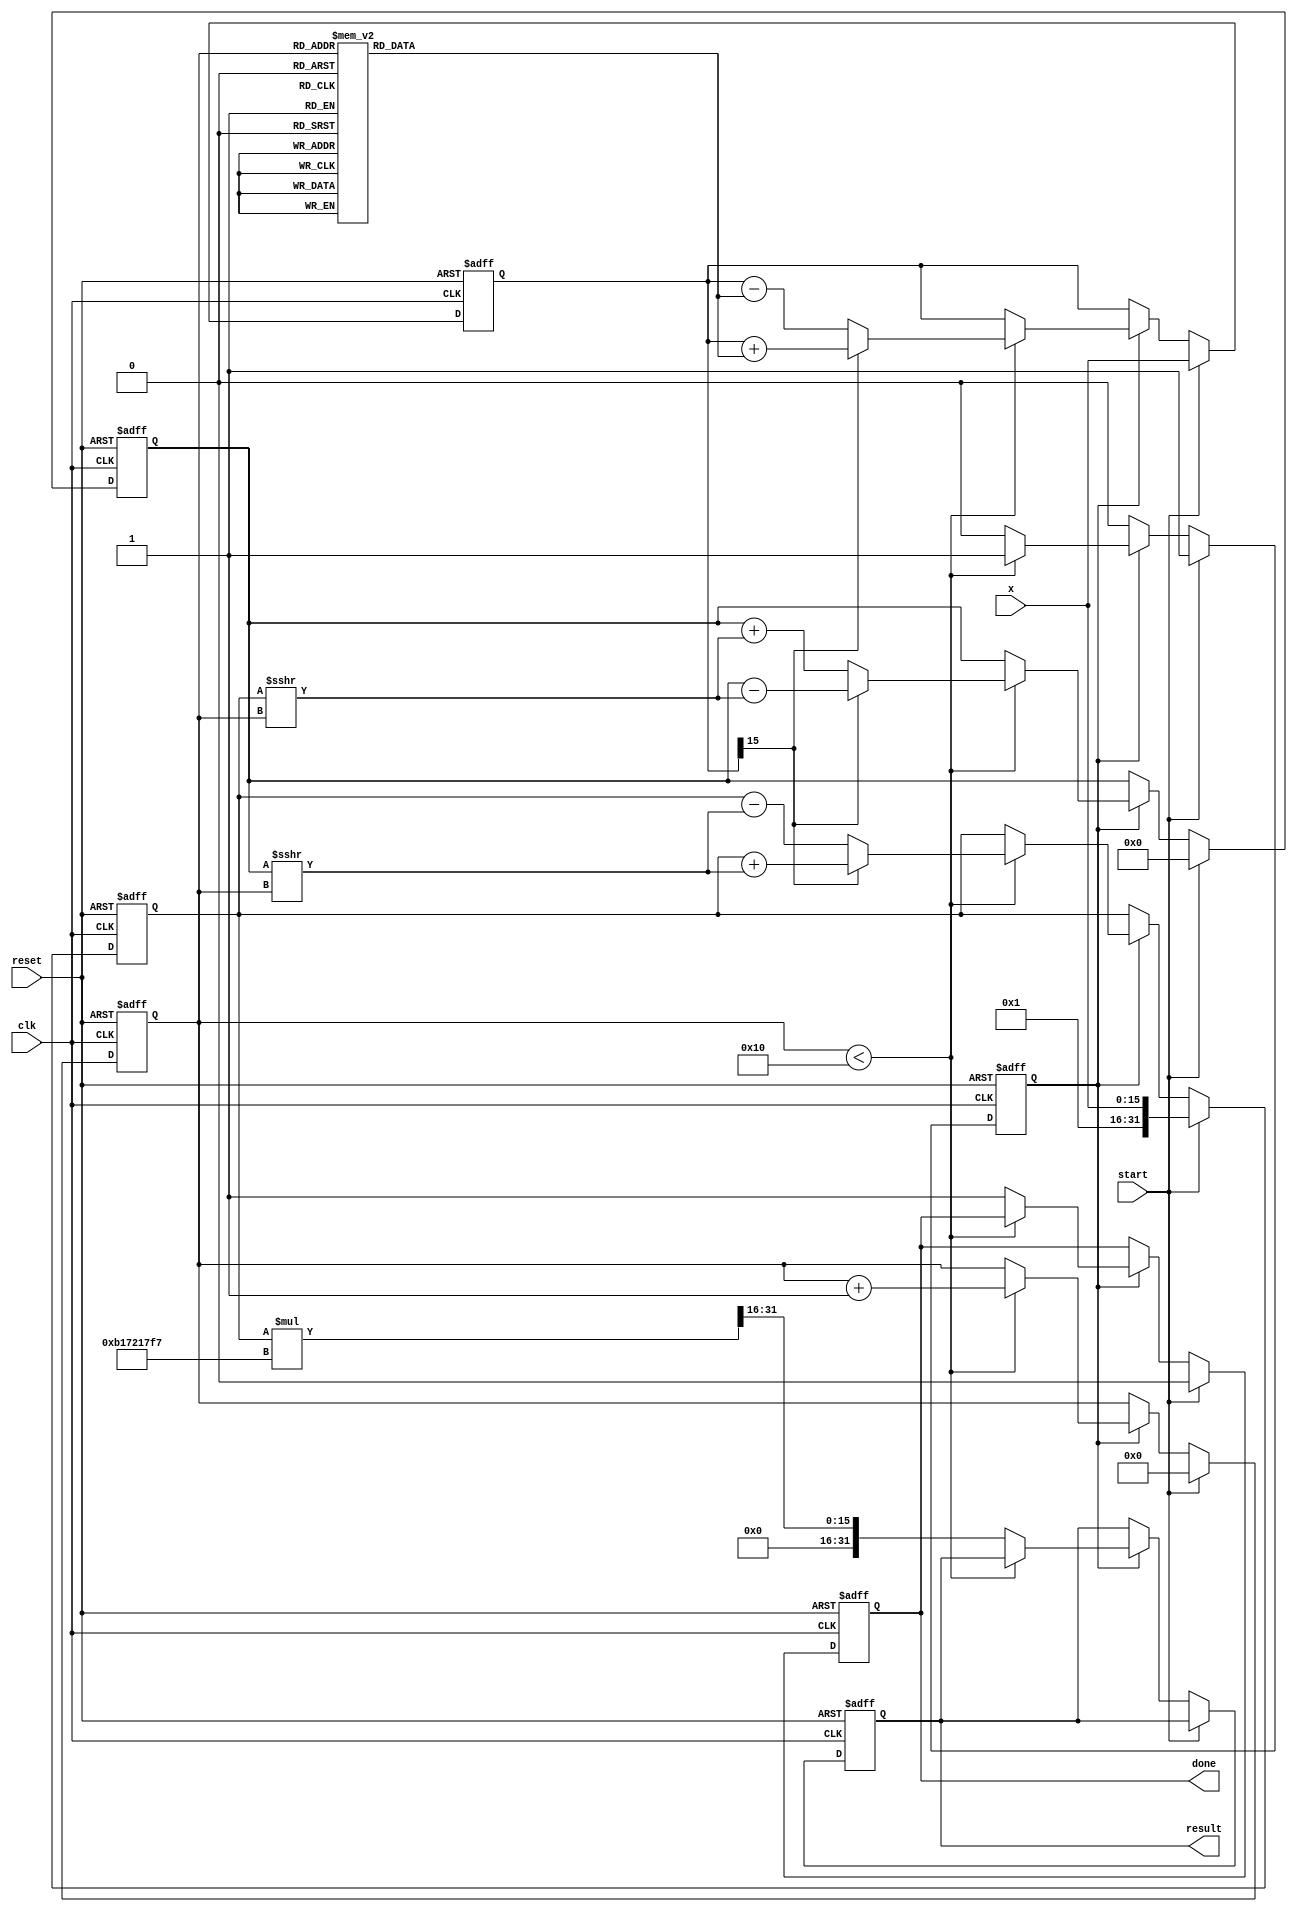
module cordic_exp (
    input wire clk,
    input wire reset,
    input wire start,
    input wire [15:0] x, // Input value for e^x in fixed-point representation
    output reg [31:0] result, // Output value of e^x
    output reg done
);

    // CORDIC parameters
    parameter NUM_ITERATIONS = 16; // Number of iterations
    parameter SCALE_FACTOR = 32'hB17217F7; // Scaling factor (2^(-NUM_ITERATIONS))

    // Lookup table for arctan (in fixed-point)
    reg [15:0] angle_table [0:NUM_ITERATIONS-1];
    initial begin
        // Populate angle_table with arctan values
        // Values would typically be precalculated for the CORDIC iterations
        angle_table[0] = 16'h0000; // atan(1.0)
        angle_table[1] = 16'h0001; // atan(0.5)
        angle_table[2] = 16'h0002; // atan(0.25)
        angle_table[3] = 16'h0003; // atan(0.125)
        // ...
        angle_table[15] = 16'h000F; // Final angle for iterations
    end

    // Registers for intermediate calculations
    reg [31:0] x_reg, y_reg;
    reg [15:0] z_reg;
    reg [3:0] iteration_count;
    reg calculate;

    // Main CORDIC algorithm
    always @(posedge clk or posedge reset) begin
        if (reset) begin
            // Reset all registers and outputs
            x_reg <= 32'h00000000;
            y_reg <= 32'h00000000;
            z_reg <= 16'h0000;
            iteration_count <= 4'b0000;
            done <= 1'b0;
            result <= 32'h00000000;
            calculate <= 1'b0;
        end else if (start) begin
            // Load input value and initialize calculation
            x_reg <= {16'h0001, x}; // Initialize x with a scaling factor of 1
            y_reg <= 32'h00000000; // Starting y value for e^x
            z_reg <= x; // Load input value for iterations
            iteration_count <= 4'b0000; // Reset iteration count
            done <= 1'b0;
            calculate <= 1'b1; // Begin calculation
        end else if (calculate) begin
            if (iteration_count < NUM_ITERATIONS) begin
                // CORDIC rotation logic
                if (z_reg[15]) begin
                    // Clockwise rotation
                    x_reg <= x_reg + (y_reg >>> iteration_count);
                    y_reg <= y_reg - (x_reg >>> iteration_count);
                    z_reg <= z_reg + angle_table[iteration_count];
                end else begin
                    // Counter-clockwise rotation
                    x_reg <= x_reg - (y_reg >>> iteration_count);
                    y_reg <= y_reg + (x_reg >>> iteration_count);
                    z_reg <= z_reg - angle_table[iteration_count];
                end
                // Increment iteration count
                iteration_count <= iteration_count + 1;
            end else begin
                // Final scaling to adjust the result
                result <= (x_reg * SCALE_FACTOR) >> 16; // Final result (fixed-point)
                done <= 1'b1; // Indicate finished processing
                calculate <= 1'b0; // Stop calculation
            end
        end
    end

endmodule